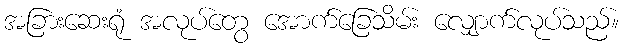
အခြားဆေးရုံ အလုပ်တွေ အောက်ခြေသိမ်း လျှောက်လုပ်သည်။